Vaccination in Bombay 1913-1923 - 1913-1923
Year: 1913
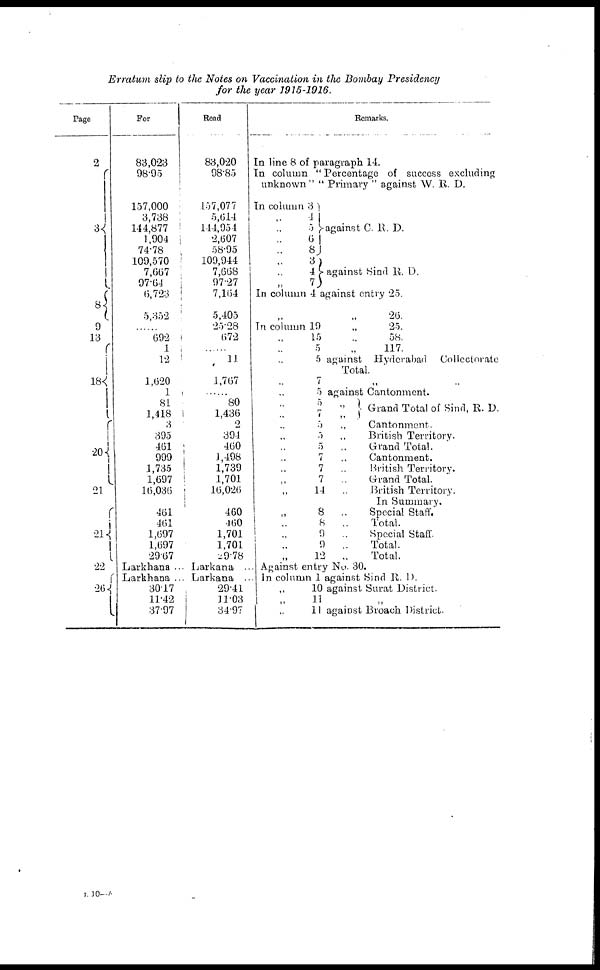
Erratum slip to the Notes on Vaccination in the Bombay Presidency
for the year 1915-1916.
Page
2
3
8
9
13 18
20
21
21
22
26
For
83,023
98.95
157,000
3,738
144,877
1,904
74.78
109,570
7,667
97.64
6,723
5,352
......
692
1
12
1,620
1
81
1,418
3
395
461
999
1,735
1,697
16,036
461
461
1,697
1,697
2967
Read
83,020
98.85
157,077
5,614
144,954
2,607
58.95
109,944
7,668
97.27
7,164
5,405
25.28
672
......
11
1,767
......
80
1,436
2
394
460
1,498
1,739
1,701
16,026
460
460
1,701
1,701
29.78
Remarks.
In line 8 of paragraph 14.
In column " Percentage of success excluding
unknown" " Primary " against W. R. D.
In column 3
„ 4
„ 5
„ 6
„ 8
„ 3
„ 4
„ 7
against G. R. D.
against Sind R. D.
In column 4 against entry 25.
„ 26.
In column 19
„
25.
„ 15
„
58.
„ 5
„
117.
„ 5 against Hyderabad
Collectorate
Total.
„ 7
„ 5 against Cantonment.
„ 5
„
„ 7 „
Grand Total of Sind, R. D.
„ 5
„
Cantonment.
„ 5
„
British Territory.
„ 5
„
Grand Total.
„ 7
„
Cantonment.
„ 7
„
British Territory.
„ 7
„
Grand Total.
„ 14
„
British Territory.
In Summary.
„
8
„
Special Staff.
„
8
„
Total.
„
9
„
Special Staff.
„ 9
„
Total.
„ 12
„
Total.
Larkhana ... Larkana ... Against entry No. 30.
Larkhana ... Larkana ... In column 1 against Sind R. D.
30.17
11.42
37.97
29.41
11.03
34.97
„ 10 against Surat District.
„
11 „
„ 11 against Broach District.
L 10—b